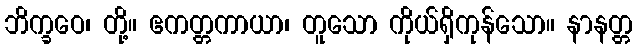
ဘိက္ခဝေ၊ တို့။ ဧကတ္တကာယာ၊ တူသော ကိုယ်ရှိကုန်သော။ နာနတ္တ